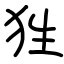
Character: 狌